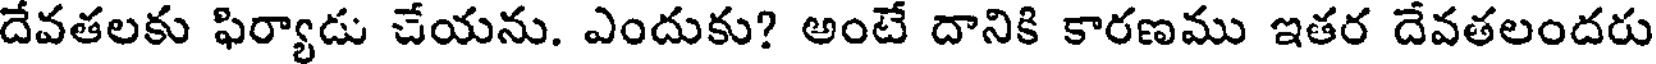
దేవతలకు ఫిర్యాడు చేయను. ఎందుకు? అంటే దానికి కారణము ఇతర దేవతలందరు